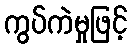
ကွပ်ကဲမှုဖြင့်